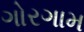
ગોરગામ